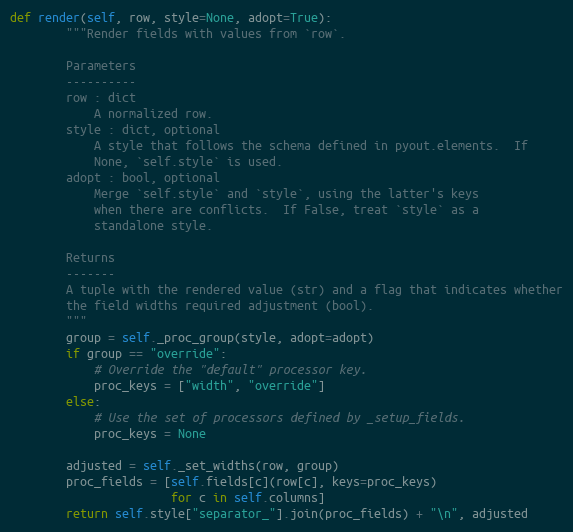
Language: Python
def render(self, row, style=None, adopt=True):
        """Render fields with values from `row`.

        Parameters
        ----------
        row : dict
            A normalized row.
        style : dict, optional
            A style that follows the schema defined in pyout.elements.  If
            None, `self.style` is used.
        adopt : bool, optional
            Merge `self.style` and `style`, using the latter's keys
            when there are conflicts.  If False, treat `style` as a
            standalone style.

        Returns
        -------
        A tuple with the rendered value (str) and a flag that indicates whether
        the field widths required adjustment (bool).
        """
        group = self._proc_group(style, adopt=adopt)
        if group == "override":
            # Override the "default" processor key.
            proc_keys = ["width", "override"]
        else:
            # Use the set of processors defined by _setup_fields.
            proc_keys = None

        adjusted = self._set_widths(row, group)
        proc_fields = [self.fields[c](row[c], keys=proc_keys)
                       for c in self.columns]
        return self.style["separator_"].join(proc_fields) + "\n", adjusted